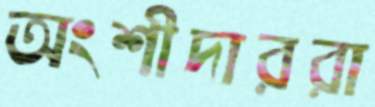
অংশীদাররা